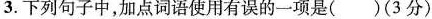
3.下列句子中，加点词语使用有误的一项是()(3分